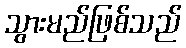
သွားမည်ဖြစ်သည်